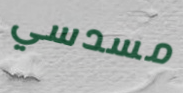
مسدسي